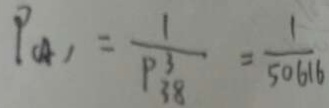
P _ { ( A ) } = \frac { 1 } { P _ { 3 8 } ^ { 3 } } = \frac { 1 } { 5 0 6 1 6 }